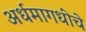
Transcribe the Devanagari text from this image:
अर्धमागधीचे